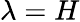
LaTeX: \lambda=H